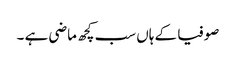
صوفیا کے ہاں سب کچھ ماضی ہے ۔